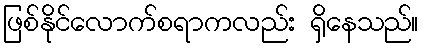
ဖြစ်နိုင်လောက်စရာကလည်း ရှိနေသည်။